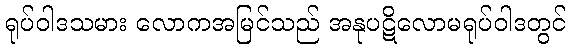
ရုပ်ဝါဒသမား လောကအမြင်သည် အနုပဋိလောမရုပ်ဝါဒတွင်